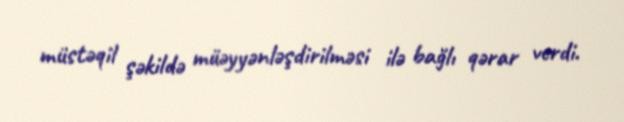
müstəqil şəkildə müəyyənləşdirilməsi ilə bağlı qərar verdi.